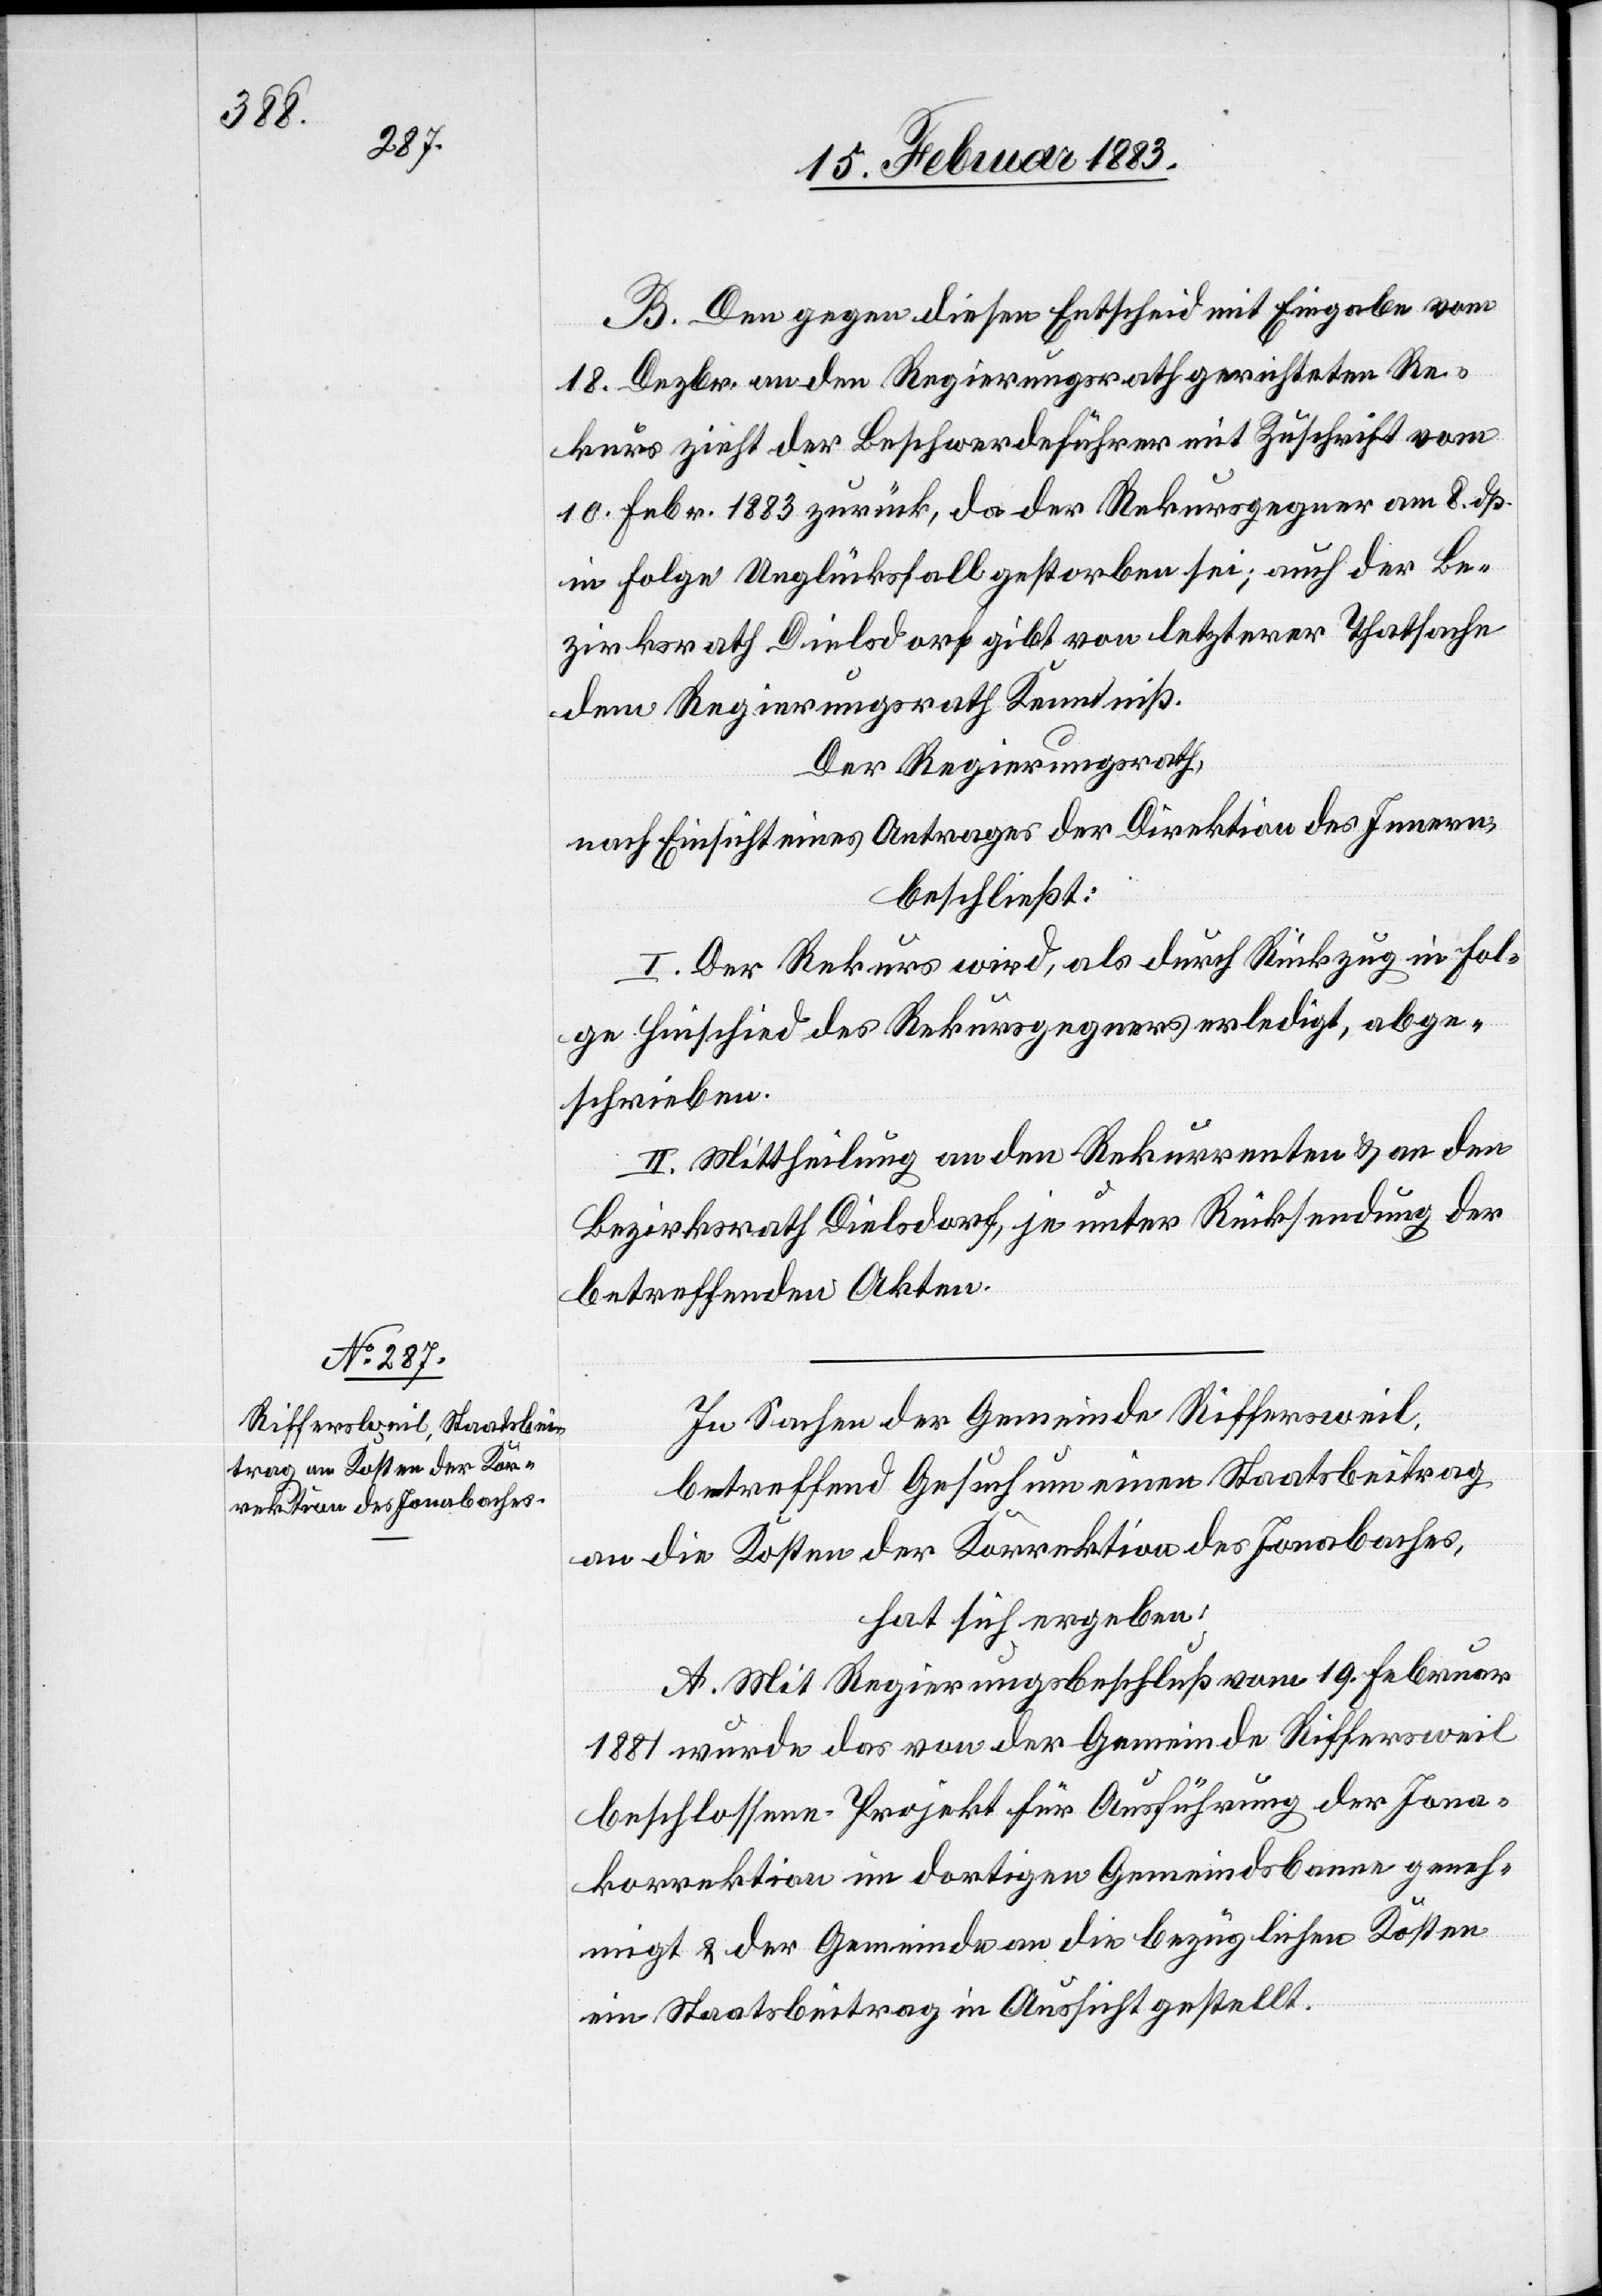
B. Den gegen diesen Entscheid mit Eingabe vom
18. Dezbr. an den Regierungsrath gerichteten Re¬
kurs zieht der Beschwerdeführer mit Zuschrift vom
10. Febr. 1883 zurück, da der Rekursgegner am 8. dß.
in Folge Unglücksfall gestorben sei; auch der Be¬
zirksrath Dielsdorf gibt von letzterer Thatsache
dem Regierungsrath Kenntniß.
Der Regierungsrath,
nach Einsicht eines Antrages der Direktion des Innern,
beschließt:
I. Der Rekurs wird, als durch Rückzug in Fol¬
ge Hinschied des Rekursgegners erledigt, abge¬
schrieben.
II. Mittheilung an den Rekurrenten & an den
Bezirksrath Dielsdorf, je unter Rücksendung der
betreffenden Akten.
In Sachen der Gemeinde Riffersweil,
betreffend Gesuch um einen Staatsbeitrag
an die Kosten der Korrektion des Jonabaches,
hat sich ergeben:
A. Mit Regierungsbeschluß vom 19. Februar
1881 wurde das von der Gemeinde Riffersweil
beschlossene Projekt für Ausführung der Jona¬
korrektion im dortigen Gemeindebanne geneh¬
migt & der Gemeinde an die bezüglichen Kosten
ein Staatsbeitrag in Aussicht gestellt.